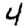
Digit: 4